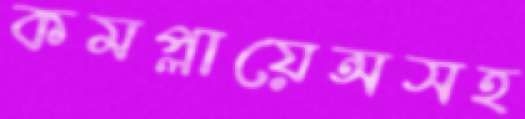
কমপ্লায়েন্সসহ